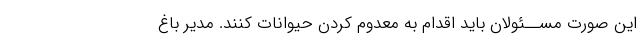
این صورت مســئولان باید اقدام به معدوم کردن حیوانات کنند. مدیر باغ